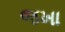
જખા